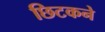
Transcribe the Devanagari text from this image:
छिटकने